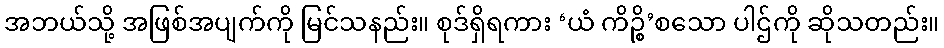
အဘယ်သို့ အဖြစ်အပျက်ကို မြင်သနည်း။ စုဒ်ရှိရကား ‘ယံ ကိဉ္စိ’စသော ပါဌ်ကို ဆိုသတည်း။